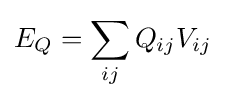
E_{Q}=\sum _{ij}Q_{ij}V_{ij}